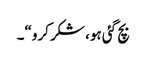
بچ گئی ہو، شکر کرو“۔